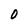
Character: 0